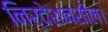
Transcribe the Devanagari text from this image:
निर्देशनशील।